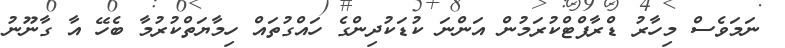
ނަމަވެސް މިހާރު ޑްރާފްޓްކުރަމުން އަންނަ ކުޑަކުދިންގެ ހައްގުތައް ހިމާޔަތްކުރުމާ ބެހޭ އާ ގާނޫނު